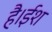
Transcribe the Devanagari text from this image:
है।ईश